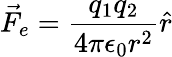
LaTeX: {\vec{F}}_{e}={\frac{q_{1}q_{2}}{4\pi\epsilon_{0}r^{2}}}{\hat{r}}